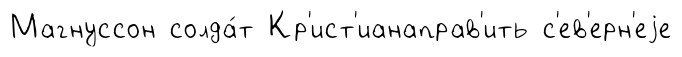
Магнуссон солда́т Кр'ист'ианаправ'ить с'ев'ерн'еjе